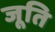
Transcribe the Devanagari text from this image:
जूति